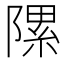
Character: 𨻽